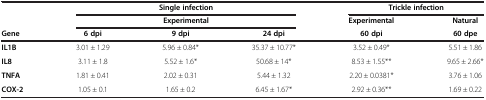
<table><thead><tr><td><b> </b></td><td colspan="3"><b>Single infection</b></td><td colspan="2"><b>Trickle infection</b></td></tr><tr><td><b> </b></td><td colspan="3"><b>Experimental</b></td><td><b>Experimental</b></td><td><b>Natural</b></td></tr><tr><td><b>Gene</b></td><td><b>6 dpi</b></td><td><b>9 dpi</b></td><td><b>24 dpi</b></td><td><b>60 dpi</b></td><td><b>60 dpe</b></td></tr></thead><tbody><tr><td><b>IL1B</b></td><td>3.01 ± 1.29</td><td>5.96 ± 0.84*</td><td>35.37 ± 10.77*</td><td>3.52 ± 0.49*</td><td>5.51 ± 1.86</td></tr><tr><td><b>IL8</b></td><td>3.11 ± 1.8</td><td>5.52 ± 1.6*</td><td>50.68 ± 14*</td><td>8.53 ± 1.55**</td><td>9.65 ± 2.66*</td></tr><tr><td><b>TNFA</b></td><td>1.81 ± 0.41</td><td>2.02 ± 0.31</td><td>5.44 ± 1.32</td><td>2.20 ± 0.0381*</td><td>3.76 ± 1.06</td></tr><tr><td><b>COX-2</b></td><td>1.05 ± 0.1</td><td>1.65 ± 0.2</td><td>6.45 ± 1.67*</td><td>2.92 ± 0.36**</td><td>1.69 ± 0.22</td></tr></tbody></table>